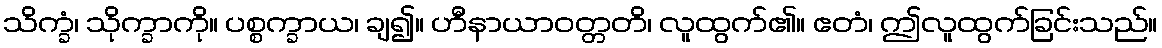
သိက္ခံ၊ သိုက္ခာကို။ ပစ္စက္ခာယ၊ ချ၍။ ဟီနာယာဝတ္တတိ၊ လူထွက်၏။ ဧတံ၊ ဤလူထွက်ခြင်းသည်။